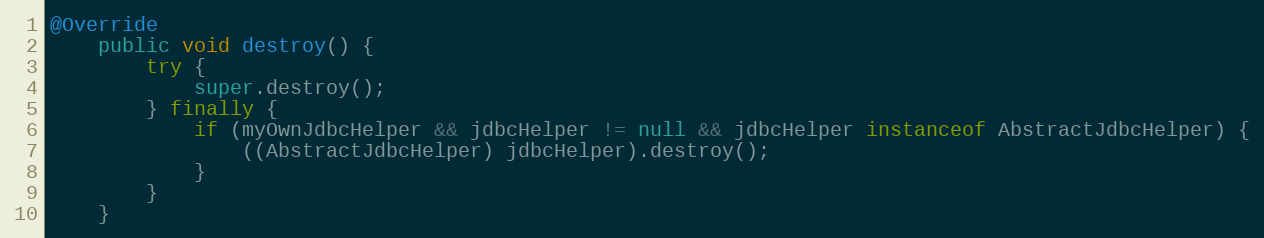
Language: Java
@Override
    public void destroy() {
        try {
            super.destroy();
        } finally {
            if (myOwnJdbcHelper && jdbcHelper != null && jdbcHelper instanceof AbstractJdbcHelper) {
                ((AbstractJdbcHelper) jdbcHelper).destroy();
            }
        }
    }